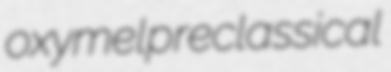
oxymel preclassical